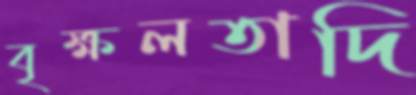
বৃক্ষলতাদি